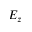
E _ { z }